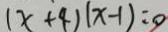
( x + 4 ) ( x - 1 ) = 0